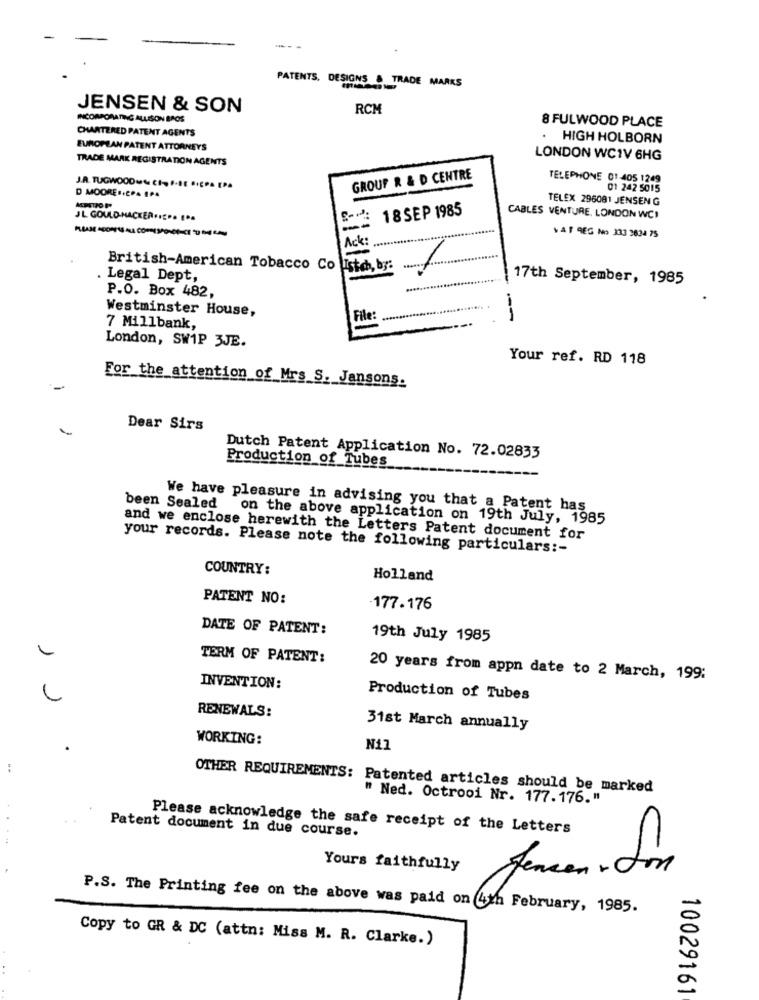
PATENTS, DESIGNS & TRADE MARKS
JENSEN & SON
RCM
INCORPORATING ALLISON BACS
8 FULWOOD PLACE
CHARTERED PATENT AGENTS
HIGH HOLBORN
EUROPEAN PATENT ATTORNEYS
TRADE MARK REGISTRATION AGENTS
LONDON WCIV 6HG
GROUP R & D CENTRE
TELEPHONE 01 -405 1249
J.A. TUGWOOD CIF-LE BIÇPa [PA
01 242 5015
D MOORE .. CP. 1.4
TELEX 296081 JENSEN G
18 SEP 1985
JL GOULD-HACKER ..... ...
CABLES VENTURE, LONDON WCI
VAT REG No 333 3834 75
Ack:
British-American Tobacco Co
Ustch, by:
1
Legal Dept,
17th September, 1985
P.O. Box 482,
Westminster House,
File:
- --
7 Millbank,
London, SW1P 3JE.
Your ref. RD 118
For the attention of Mrs S. Jansons.
Dear Sirs
Production_of_Tubes
Dutch Patent Application No. 72.02833
been Sealed
We have pleasure in advising you that a Patent has
on the above application on 19th July, 1985
and we enclose herewith the Letters Patent document for
your records. Please note the following particulars :-
COUNTRY:
Holland
PATENT NO:
177.176
DATE OF PATENT:
19th July 1985
1
TERM OF PATENT:
20 years from appn date to 2 March, 199:
INVENTION:
Production of Tubes
RENEWALS:
31st March annually
WORKING:
N1]
OTHER REQUIREMENTS: Patented articles should be marked
" Ned. Octrooi Nr. 177.176."
Please acknowledge the safe receipt of the Letters
Patent document in due course.
Yours faithfully
P.S. The Printing fee on the above was paid on 4th February, 1985.
Copy to GR & DC (attn: Miss M. R. Clarke.)
10029161